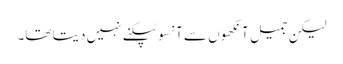
لیکن جمیل آنکھوں سے آنسو ٹپکنے نہیں دیتا تھا۔